Problem: 77 + 47 = ?
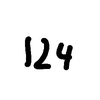
Handwritten answer: 124